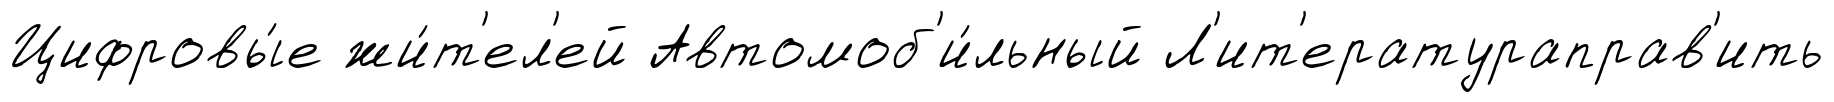
Цифровы́е жи́т'ел'ей Автомоб'и́льный Л'ит'ератураправ'ить